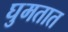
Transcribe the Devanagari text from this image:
घुमतात